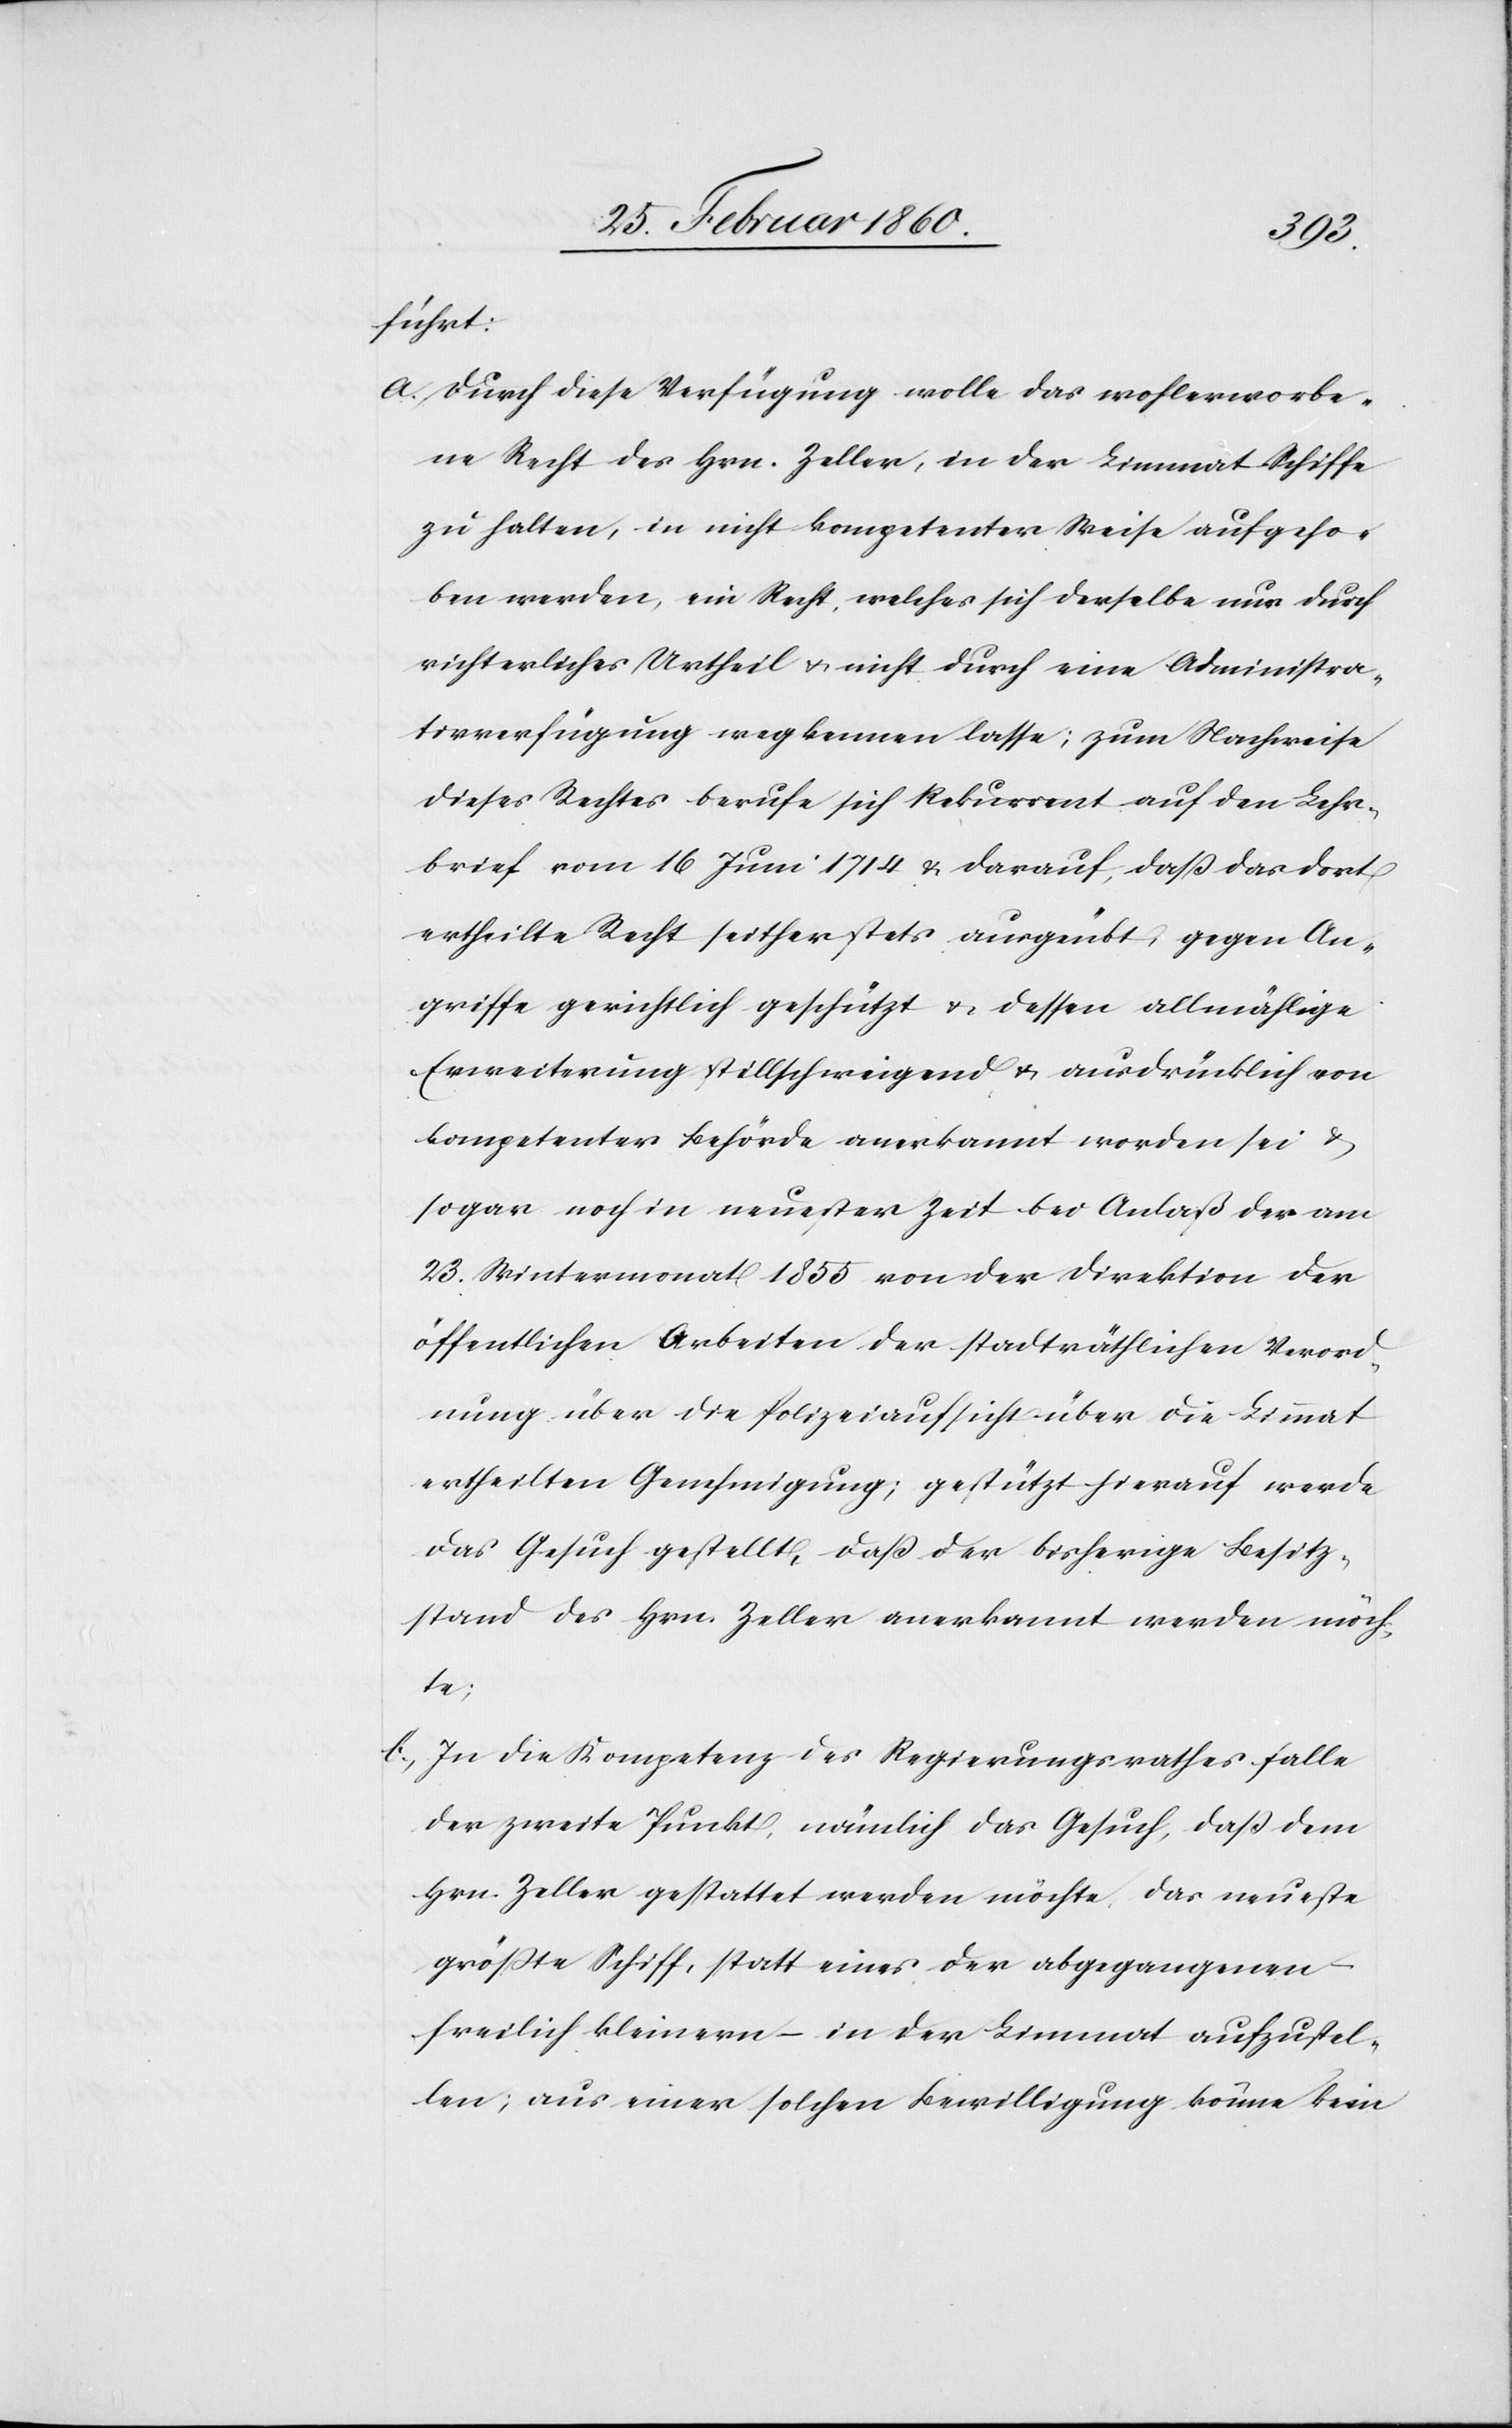
führt:
a. durch diese Verfügung wolle das wohlerworbe¬
ne Recht des Hrn. Zeller, in der Limmat Schiffe
zu halten, in nicht kompetenter Weise aufgeho¬
ben werden, ein Recht, welches sich derselbe nur durch
richterliches Urheil u. nicht durch eine Administra¬
tivverfügung wegkennen lasse; zum Nachweise
dieses Rechtes berufe sich Rekurrent auf den Lehr¬
brief vom 16. Juni 1714 u. darauf, dass das dort
ertheilte Recht seither stets ausgeübt, gegen An¬
griffe gerichtlich geschützt u. dessen allmählige
Erweiterung stillschweigend u. ausdrücklich von
kompetenter Behörde anerkannt worden sei u.
sogar noch in neuester Zeit bei Anlaß der am
23. Wintermonat 1855 von der Direktion der
öffentlichen Arbeiten der stadträthlichen Verord¬
nung über die Polizeiaufsicht über die Limmat
ertheilten Genehmigung; gestützt hierauf werde
das Gesuch gestellt, dass der bisherige Besitz¬
stand des Hrn. Zeller anerkannt werden möch¬
te;
b. In die Kompetenz des Regierungsrathes falle
der zweite Punkt, nämlich das Gesuch, dass dem
Hrn. Zeller gestattet werden möchte, das neueste
grösste Schiff, statt eines, der abgegangenen
freilich kleinern – in der Limmat aufzustel¬
len; aus einer solchen Bewilligung könne kein